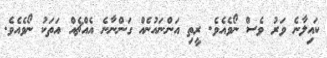
ކައިލާނެ ވަރު ވެސް ނޯވެއެވެ. ރީތި އަންނައުނެއް ގަންނާނެ އެއްޗެއް އަތަކު ނޯވެއެވެ.